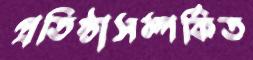
প্রতিষ্ঠাসম্পর্কিত